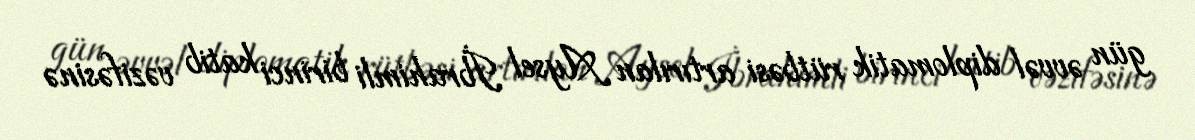
gün əvvəl diplomatik rütbəsi artırılan Aysel İbrahimli birinci katib vəzifəsinə